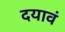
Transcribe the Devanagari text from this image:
दयावं